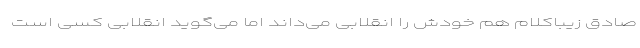
صادق زیباکلام هم خودش را انقلابی می‌داند اما می‌گوید انقلابی کسی است